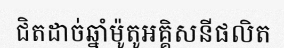
ជិតដាច់ឆ្នាំម៉ូតូអគ្គិសនីផលិត